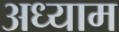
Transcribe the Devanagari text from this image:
अध्याम